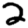
Digit: 2